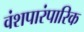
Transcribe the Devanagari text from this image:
वंशपारंपारिक